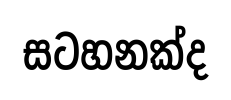
සටහනක්ද